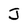
Character: J